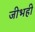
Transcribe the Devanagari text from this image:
जीभही